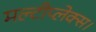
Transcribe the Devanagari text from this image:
मल्टीप्लेक्स।